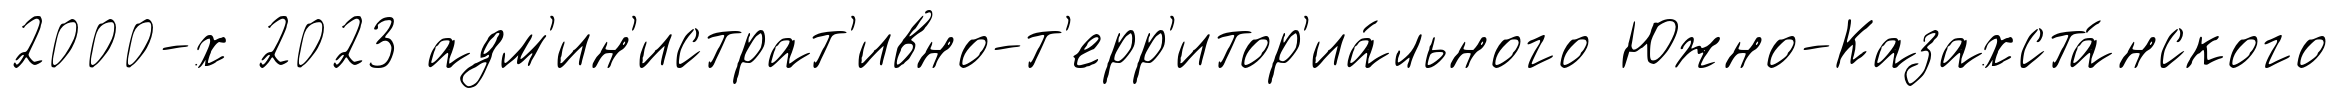
2000-х 2023 адм'ин'истрат'ивно-т'ерр'итор'иа́льного Южно-Казахста́нского